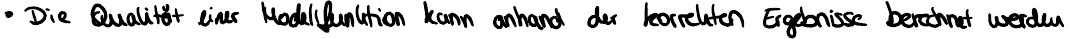
Die Qualität einer Modellfunktion kann anhand der korrekten Ergebnisse berechnet werden